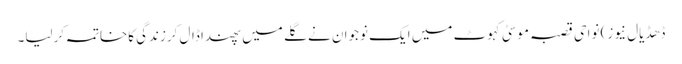
ڈھڈیال نیوز) نواحی قصبہ موسیٰ کہوٹ میں ایک نوجوان نے گلے میں پھندا ڈال کرزندگی کاخاتمہ کرلیا۔